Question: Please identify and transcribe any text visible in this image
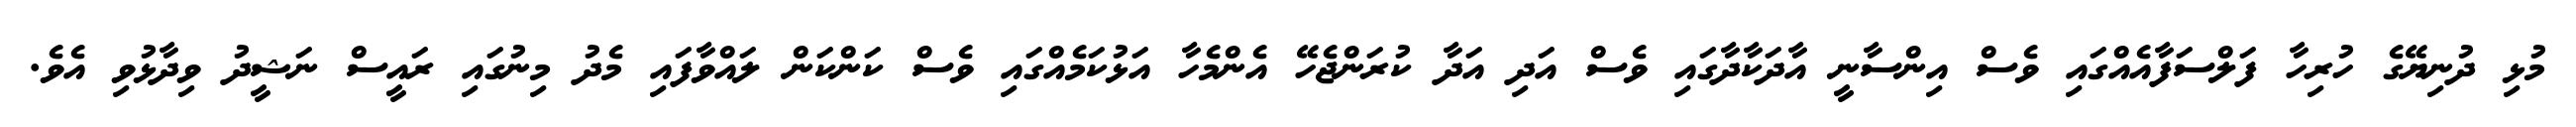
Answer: މުޅި ދުނިޔޭގެ ހުރިހާ ފަލްސަފާއެއްގައި ވެސް އިންސާނީ އާދަކާދާގައި ވެސް އަދި އަދާ ކުރަންޖެހޭ އެންމެހާ އަޅުކަމެއްގައި ވެސް ކަންކަން ލައްވާފައި މެދު މިނުގައި ރައީސް ނަޝީދު ވިދާޅުވި އެވެ.